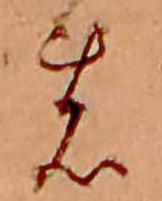
の